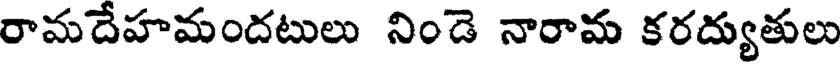
రామదేహమందటులు నిండె నారామ కరద్యుతులు